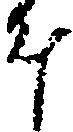
斗